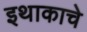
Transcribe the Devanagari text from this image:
इथाकाचे